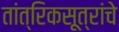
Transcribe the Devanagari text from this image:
तांत्रिकसूत्रांचे